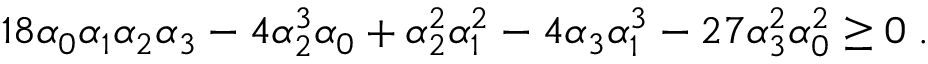
1 8 \alpha _ { 0 } \alpha _ { 1 } \alpha _ { 2 } \alpha _ { 3 } - 4 \alpha _ { 2 } ^ { 3 } \alpha _ { 0 } + \alpha _ { 2 } ^ { 2 } \alpha _ { 1 } ^ { 2 } - 4 \alpha _ { 3 } \alpha _ { 1 } ^ { 3 } - 2 7 \alpha _ { 3 } ^ { 2 } \alpha _ { 0 } ^ { 2 } \ge 0 \; .